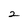
Character: 2